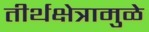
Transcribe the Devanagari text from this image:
तीर्थक्षेत्रामुळे